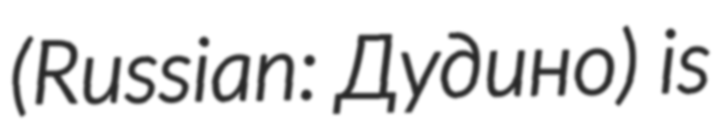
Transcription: (Russian: Дудино) is